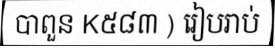
បាពួន K៥៨៣ ) រៀបរាប់